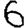
Digit: 6